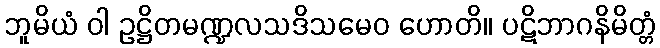
ဘူမိယံ ဝါ ဥဋ္ဌိတမဏ္ဍလသဒိသမေဝ ဟောတိ။ ပဋိဘာဂနိမိတ္တံ